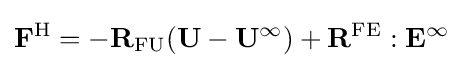
\mathbf {F} ^{\mathrm {H} }=-\mathbf {R} _{\mathrm {FU} }(\mathbf {U} -\mathbf {U} ^{\infty })+\mathbf {R} ^{\mathrm {FE} }:\mathbf {E} ^{\infty }